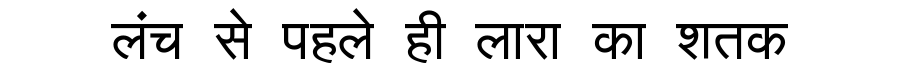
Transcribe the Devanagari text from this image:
लंच से पहले ही लारा का शतक